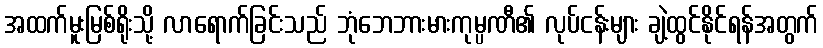
အထက်မူးမြစ်ရိုးသို့ လာရောက်ခြင်းသည် ဘုံဘေဘားမားကုမ္ပဏီ၏ လုပ်ငန်းများ ချဲ့ထွင်နိုင်ရန်အတွက်